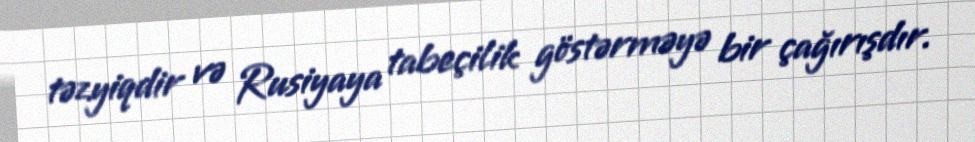
təzyiqdir və Rusiyaya tabeçilik göstərməyə bir çağırışdır.